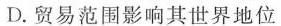
D.贸易范围影响其世界地位